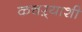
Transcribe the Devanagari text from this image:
कचऱ्याशी